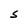
Character: S